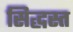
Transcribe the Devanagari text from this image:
सिद्धस्त